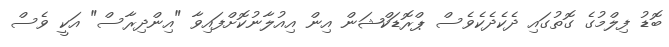
ބޮޑު ފިލްމުގެ ގޮތުގައި ދެކެދެކެވެސް ޕްރޮޑަކްޝަން އިން އިއުލާނުކޮށްފައިވާ "އިންދިރާސް" އަކީ ވެސް